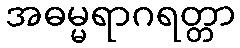
အဓမ္မရာဂရတ္တာ